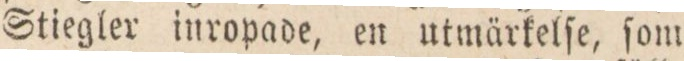
Stiegler inropade, en utmärkelſe, ſom